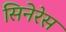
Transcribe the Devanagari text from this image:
सिनेरेस